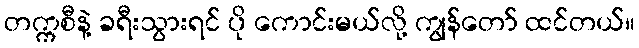
တက္ကစီနဲ့ ခရီးသွားရင် ပို ကောင်းမယ်လို့ ကျွန်တော် ထင်တယ်။